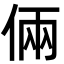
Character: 倆